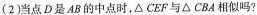
(2)当点D是AB的中点时，△CEF与△CBA相似吗?